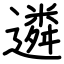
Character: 遴